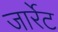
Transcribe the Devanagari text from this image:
जार्रेट